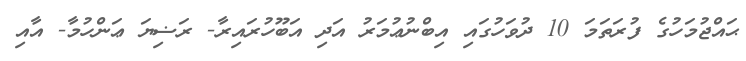
ޙައްޖުމަހުގެ ފުރަތަމަ 10 ދުވަހުގައި އިބްނުޢުމަރު އަދި އަބޫހުރައިރާ- ރަޟިޔަ ޢަންހުމާ- އާއި